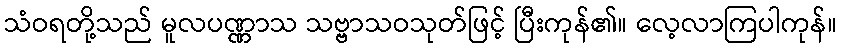
သံဝရတို့သည် မူလပဏ္ဏာသ သဗ္ဗာသဝသုတ်ဖြင့် ပြီးကုန်၏။ လေ့လာကြပါကုန်။